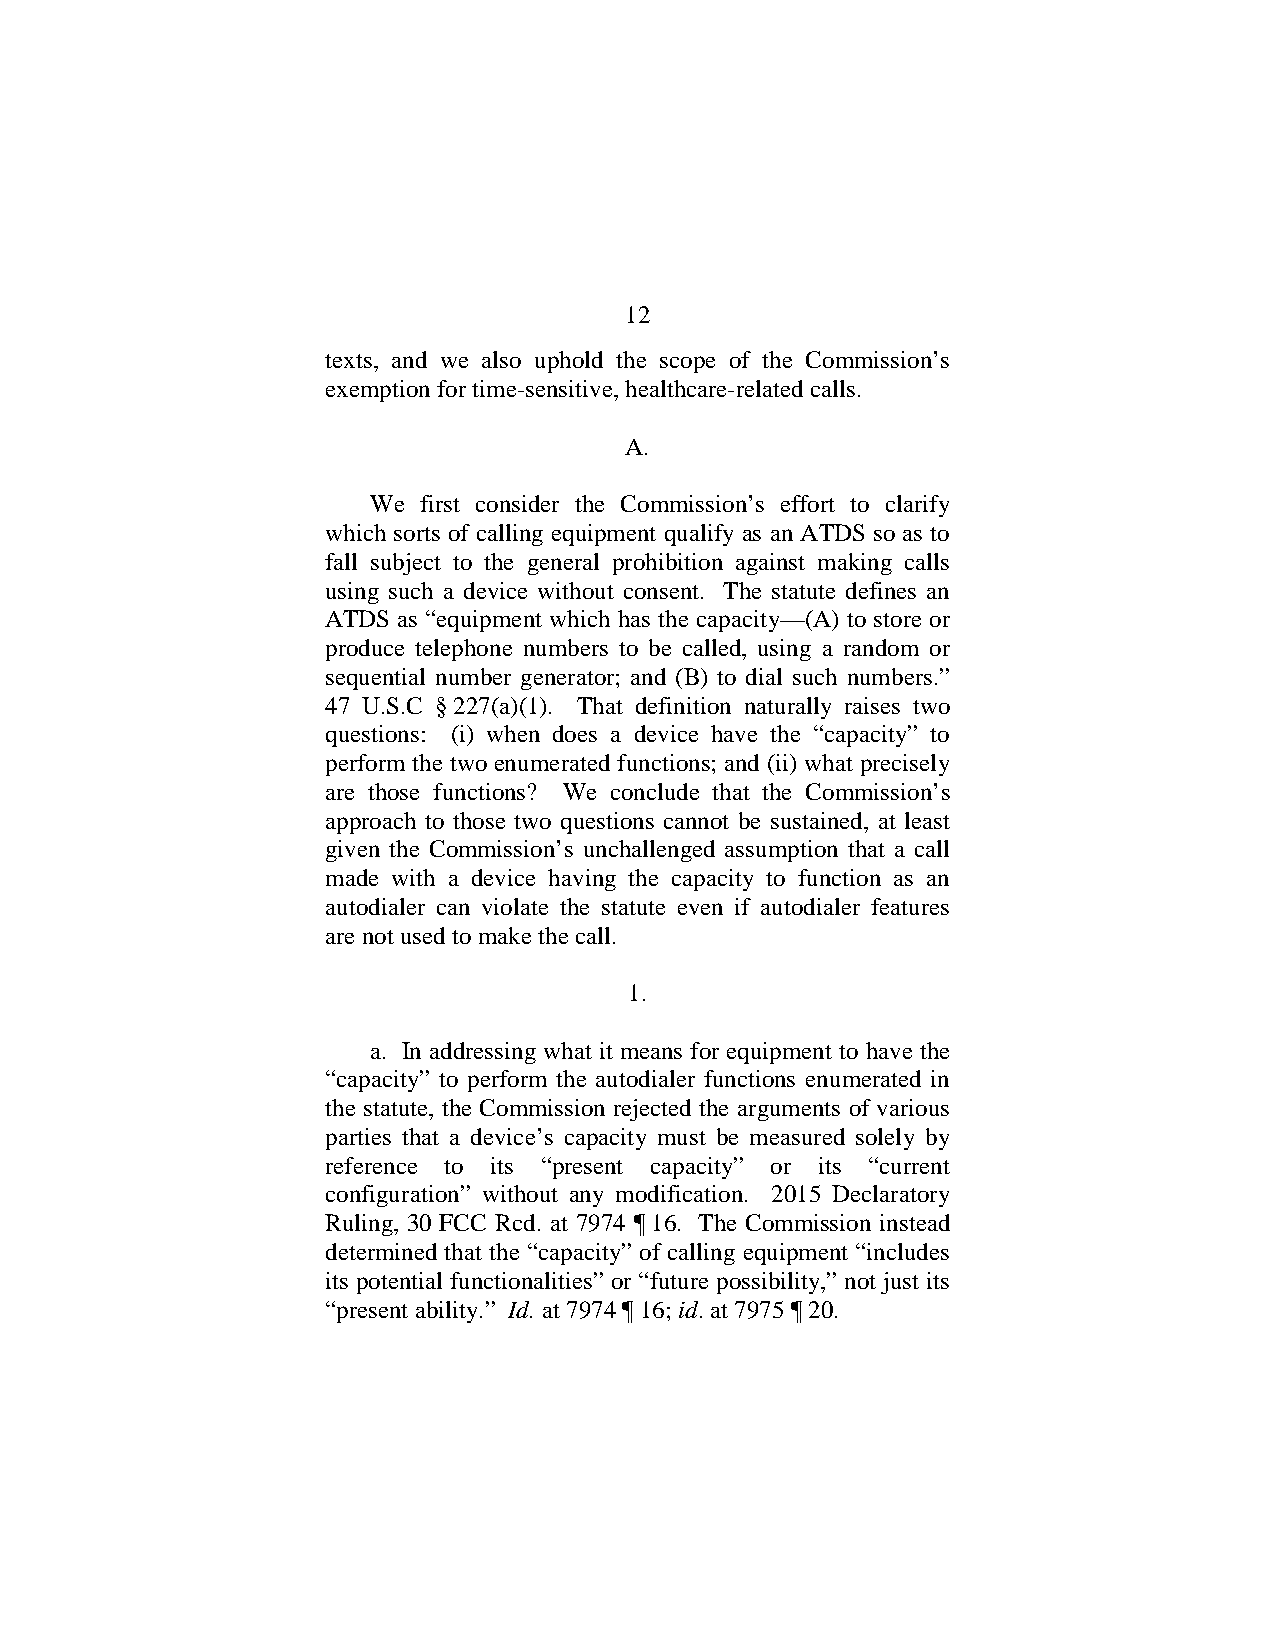
12
 texts, and we also uphold the scope of the Commission’s
 exemption for time-sensitive, healthcare-related calls.
 A.
 We  first consider the Commission’s effort to clarify
 which sorts of calling equipment qualify as an ATDS so as to
 fall subject to the general prohibition against making calls
 using such a device without consent. The statute defines an
 ATDS as “equipment which has the capacity—(A) to store or
 produce telephone numbers to be called, using a random or
 sequential number generator; and (B) to dial such numbers.”
 47 U.S.C § 227(a)(1). That definition naturally raises two
 questions: (i) when does a device have the “capacity” to
 perform the two enumerated functions; and (ii) what precisely
 are those functions? We conclude that the Commission’s
 approach to those two questions cannot be sustained, at least
 given the Commission’s unchallenged assumption that a call
 made with a device having the capacity to function as an
 autodialer can violate the statute even if autodialer features
 are not used to make the call.
 1.
 a. In addressing what it means for equipment to have the
 “capacity” to perform the autodialer functions enumerated in
 the statute, the Commission rejected the arguments of various
 parties that a device’s capacity must be measured solely by
 reference to its “present capacity” or its “current
 configuration” without any modification. 2015 Declaratory
 Ruling, 30 FCC Rcd. at 7974 ¶ 16. The Commission instead
 determined that the “capacity” of calling equipment “includes
 its potential functionalities” or “future possibility,” not just its
 “present ability.” Id. at 7974 ¶ 16; id. at 7975 ¶ 20.